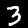
Label: 3